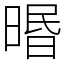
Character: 㬆